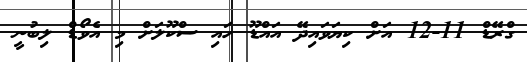
ގްރޭޑް 11-12 އަށް ކިޔަވައިދޭ އައްޑޫ ހައި ސްކޫލަށް މި އެވޯޑް ލިބުނީ